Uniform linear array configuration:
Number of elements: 48
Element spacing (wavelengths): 0.25
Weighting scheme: hamming
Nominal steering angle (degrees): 45
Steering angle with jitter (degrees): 45.683
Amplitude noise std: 0.05
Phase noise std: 0.05

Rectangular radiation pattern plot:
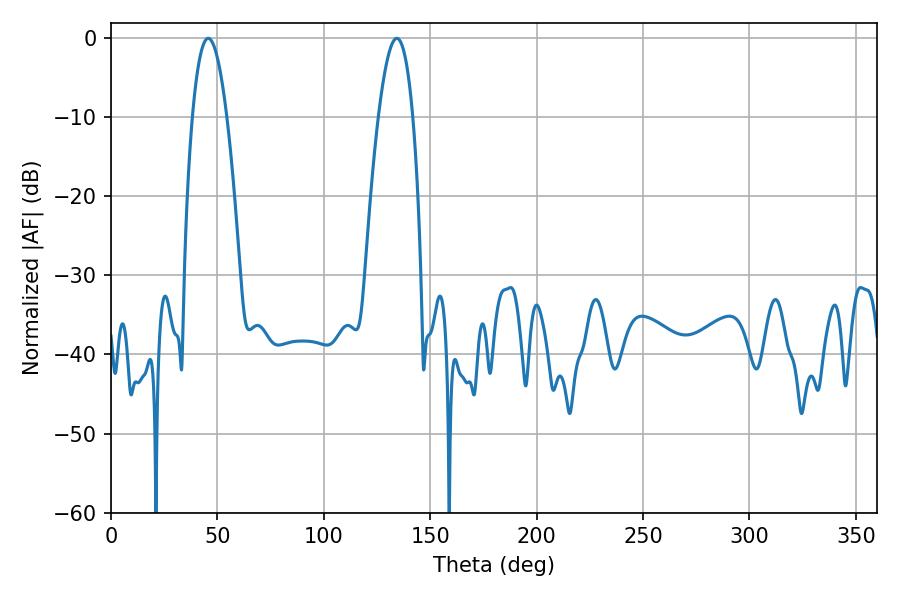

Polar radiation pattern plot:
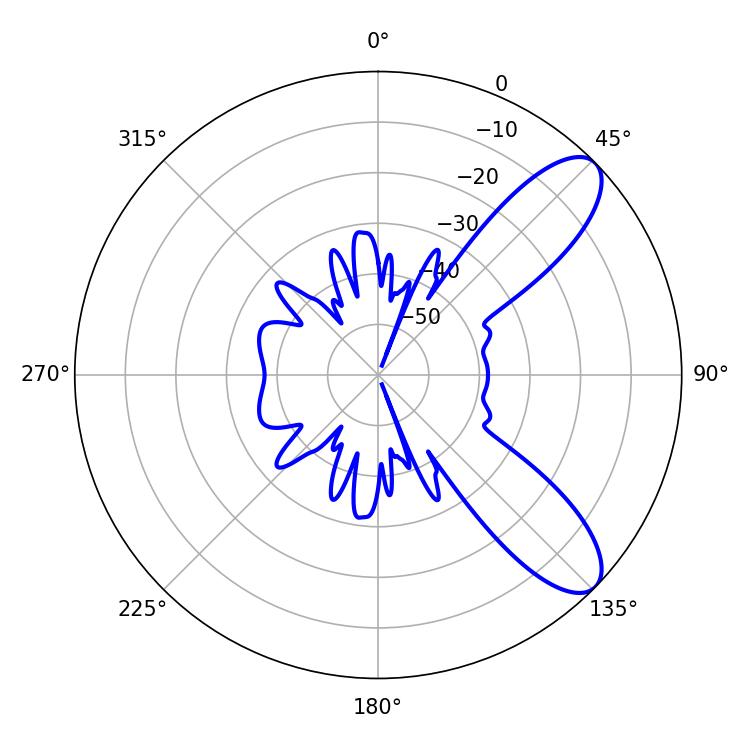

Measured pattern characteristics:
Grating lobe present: FALSE
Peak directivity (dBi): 9.205
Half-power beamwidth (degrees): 9
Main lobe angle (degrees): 45.72